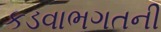
કડવાભગતની